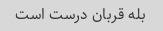
بله قربان درست است